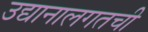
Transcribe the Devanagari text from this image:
उद्यानालगतची